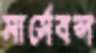
মার্সেবল